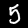
Digit: 5